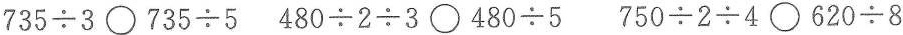
$$7 3 5 {\div} 3 〇 7 3 5 {\div} 5$$ $$4 8 0 {\div} 2 {\div} 3 〇 4 8 0 {\div} 5$$ $$7 5 0 {\div} 2 {\div} 4 〇 6 2 0 {\div} 8$$